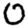
Digit: 0